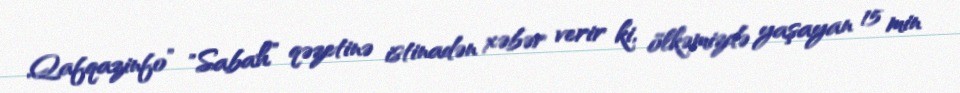
Qafqazinfo” "Sabah” qəzetinə istinadən xəbər verir ki, ölkəmizdə yaşayan 15 min